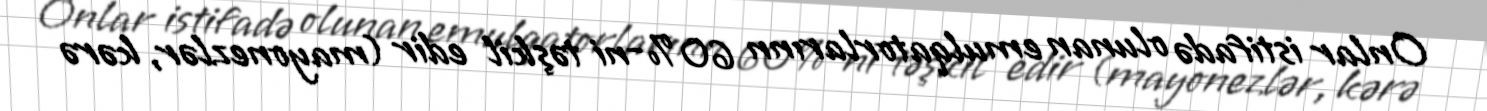
Onlar istifadə olunan emulqatorlarınn 60 %-ni təşkil edir (mayonezlər, kərə